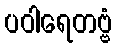
ပဝါရေတဗ္ဗံ